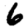
Digit: 6